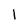
Character: l